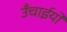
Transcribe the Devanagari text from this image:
उँचाईयो